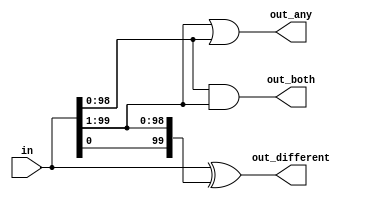
// This program was cloned from: https://github.com/Yvan-xy/verilog-doc
// License: GNU General Public License v2.0

module top_module (
	input [99:0] in,
	output [98:0] out_both,
	output [99:1] out_any,
	output [99:0] out_different
);

	// See gatesv for explanations.
	assign out_both = in & in[99:1];
	assign out_any = in[99:1] | in ;
	assign out_different = in ^ {in[0], in[99:1]};
	
endmodule